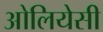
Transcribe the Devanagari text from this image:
ओलियेसी